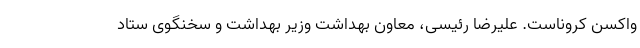
واکسن کروناست. علیرضا رئیسی، معاون بهداشت وزیر بهداشت و سخنگوی ستاد